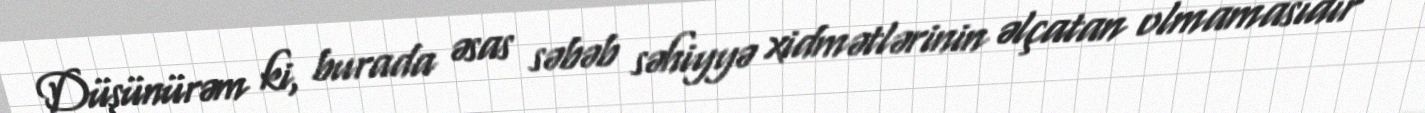
Düşünürəm ki, burada əsas səbəb səhiyyə xidmətlərinin əlçatan olmamasıdır -